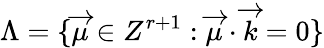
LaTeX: \Lambda=\{ \overrightarrow{\mu}\in Z^{r+1}:\overrightarrow{\mu}\cdot\overrightarrow{k}=0\}